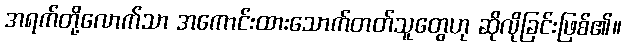
အရက်တို့လောက်သာ အကောင်းထားသောက်တတ်သူတွေဟု ဆိုလိုခြင်းဖြစ်၏။